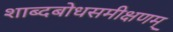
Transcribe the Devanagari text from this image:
शाब्दबोधसमीक्षणम्